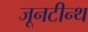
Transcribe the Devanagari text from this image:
जूनटीन्थ